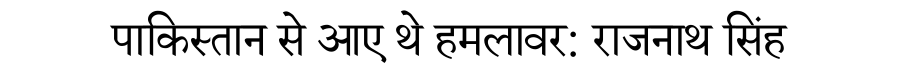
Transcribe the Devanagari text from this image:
पाकिस्तान से आए थे हमलावर: राजनाथ सिंह